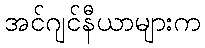
အင်ဂျင်နီယာများက